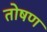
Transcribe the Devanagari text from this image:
तोषण